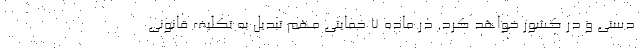
دستی و در کشور خواهد کرد. در ماده ۷ حمایتی مهم تبدیل به تکلیف قانونی